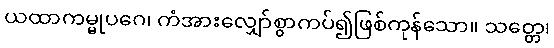
ယထာကမ္မုပဂေ၊ ကံအားလျှော်စွာကပ်၍ဖြစ်ကုန်သော။ သတ္တေ၊